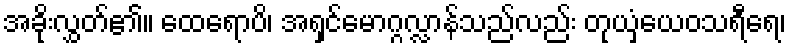
အခိုးလွှတ်၏။ ထေရောပိ၊ အရှင်မောဂ္ဂလ္လာန်သည်လည်း တုယှံယေဝသရီရေ၊